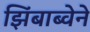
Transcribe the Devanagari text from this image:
झिंबाब्वेने